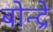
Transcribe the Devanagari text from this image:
बोन्द्रे